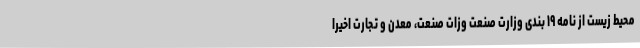
محیط زیست از نامه ۱۹ بندی وزارت صنعت وزات صنعت، معدن و تجارت اخیرا